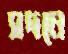
সদনে